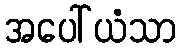
အပေါ်ယံသာ